Indian journal of veterinary science and animal husbandry - Volumes 26-27, 1956-1957
Year: 1956
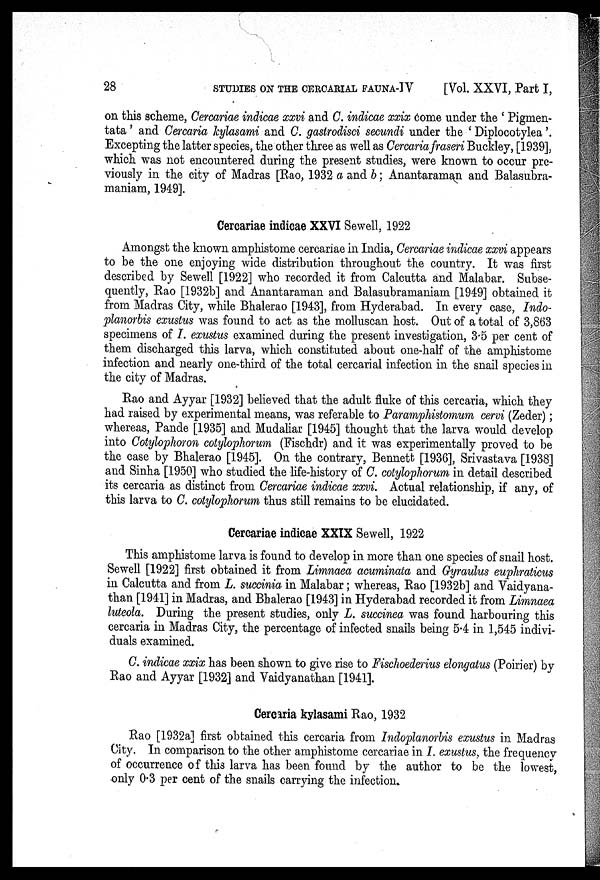
28
STUDIES ON THE CERCARIAL FAUNA-IV
[Vol. XXVI, Part I,
on this scheme, Cercariae indicae xxvi and C. indicae xxix come under the ' Pigmen-
tata' and Cercaria kylasami and C. gastrodisci secundi under the ' Diplocotylea '.
Excepting the latter species, the other three as well as Cercaria fraseri Buckley, [1939],
which was not encountered during the present studies, were known to occur pre-
viously in the city of Madras [Rao, 1932 a and b ; Anantaraman and Balasubra-
maniam, 1949].
Cercariae indicae XXVI Sewell, 1922
Amongst the known amphistome cercariae in India, Cercariae indicae xxvi appears
to be the one enjoying wide distribution throughout the country. It was first
described by Sewell [1922] who recorded it from Calcutta and Malabar. Subse-
quently, Rao [1932b] and Anantaraman and Balasubramaniam [1949] obtained it
from Madras City, while Bhalerao [1943], from Hyderabad. In every case, Indo-
planorbis exustus was found to act as the molluscan host. Out of a total of 3,863
specimens of I. exustus examined during the present investigation, 3.5 per cent of
them discharged this larva, which constituted about one-half of the amphistome
infection and nearly one-third of the total cercarial infection in the snail species in
the city of Madras.
Rao and Ayyar [1932] believed that the adult fluke of this cercaria, which they
had raised by experimental means, was referable to Paramphistomum cervi (Zeder);
whereas, Pande [1935] and Mudaliar [1945] thought that the larva would develop
into Cotylophoron cotylophorum (Fischdr) and it was experimentally proved to be
the case by Bhalerao [1945]. On the contrary, Bennett [1936], Srivastava [1938]
and Sinha [1950] who studied the life-history of C. cotylophorum in detail described
its cercaria as distinct from Cercariae indicae xxvi. Actual relationship, if any, of
this larva to C. cotylophorum thus still remains to be elucidated.
Cercariae indicae XXIX Sewell, 1922
This amphistome larva is found to develop in more than one species of snail host.
Sewell [1922] first obtained it from Limnaea acuminata and Gyraulus euphraticus
in Calcutta and from L. succinia in Malabar ; whereas, Rao [1932b] and Vaidyana-
than [1941] in Madras, and Bhalerao [1943] in Hyderabad recorded it from Limnaea
luteola. During the present studies, only L. succinea was found harbouring this
cercaria in Madras City, the percentage of infected snails being 5.4 in 1,545 indivi-
duals examined.
C. indicae xxix has been shown to give rise to Fischoederius elongatus (Poirier) by
Rao and Ayyar [1932] and Vaidyanathan [1941].
Cercaria kylasami Rao, 1932
Rao [1932a] first obtained this cercaria from Indoplanorbis exustus in Madras
City. In comparison to the other amphistome cercariae in I. exustus, the frequency
of occurrence of this larva has been found by the author to be the lowest,
only 0.3 per cent of the snails carrying the infection.